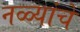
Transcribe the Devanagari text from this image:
नळ्यांचे